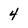
Character: 4